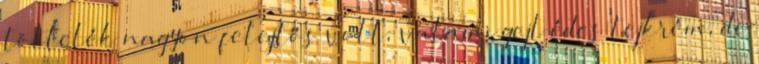
töltelék nagyon felejtős volt, valami gejl édes tejkrém, de